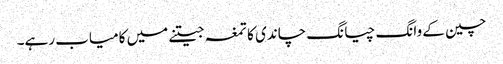
چین کے وانگ چیانگ چاندی کا تمغہ جیتنے میں کامیاب رہے۔